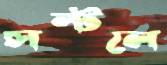
সল্টলে